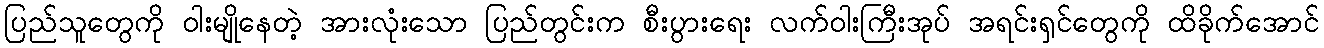
ပြည်သူတွေကို ဝါးမျိုနေတဲ့ အားလုံးသော ပြည်တွင်းက စီးပွားရေး လက်ဝါးကြီးအုပ် အရင်းရှင်တွေကို ထိခိုက်အောင်